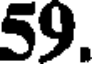
59.